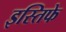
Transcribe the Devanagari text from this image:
इस्तिफे